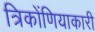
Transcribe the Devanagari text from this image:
त्रिकोंणियाकारी